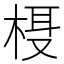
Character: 𬃁